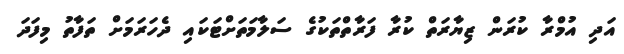
އަދި އުމްރާ ކުރަން ޒިޔާރަތް ކުރާ ފަރާތްތަކުގެ ސަލާމަތަށްޓަކައި ދެހަރަމަށް ތަފާތު މިފަދަ